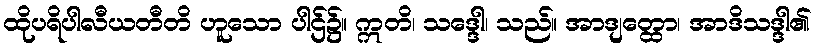
ထိုပရိပါလီယတီတိ ဟူသော ပါဌ်၌။ ဣတိ၊ သဒ္ဒေါ၊ သည်။ အာဒျတ္ထော၊ အာဒိသဒ္ဒါ၏